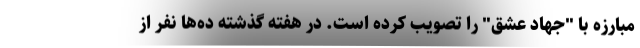
مبارزه با "جهاد عشق" را تصویب کرده است. در هفته گذشته ده‌ها نفر از